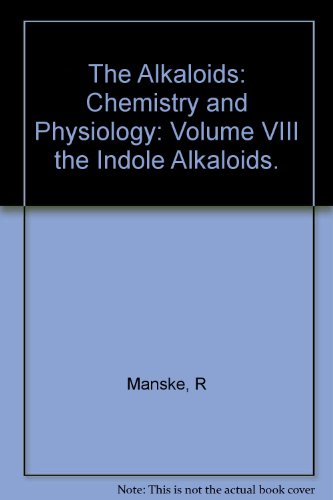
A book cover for The Alkaloids, Chemistry and Physiology, Volume VIII [8]: The Indole Alkaloids; R. H. F. Manske; Science & Math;